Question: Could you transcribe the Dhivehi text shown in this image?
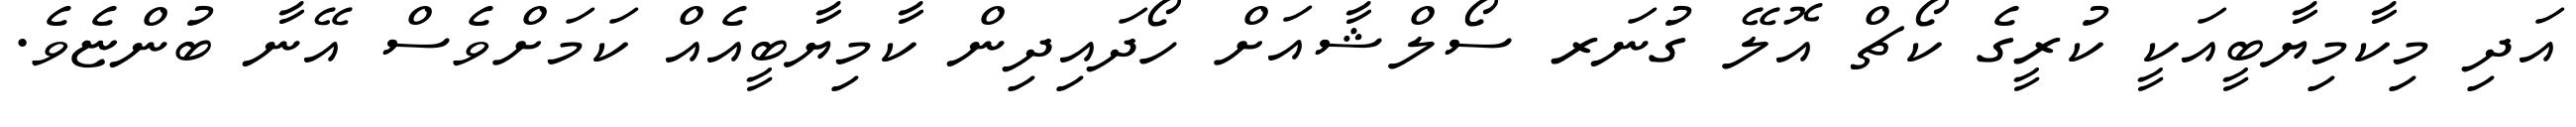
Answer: އަދި މިކާމިޔާބީއަކީ ކުރީގެ ކޯޗް އޮލޭ ގުނަރ ސޯލްޝާއަށް ހޯދައިދިން ކާމިޔާބީއެއް ކަމަށްވެސް އޭނާ ބުންޏެވެ.